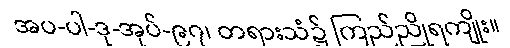
အပ-ပါ-ဒု-အုပ်-၉၇၊ တရားသံ၌ ကြည်ညိုရကျိုး။